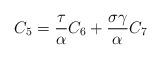
LaTeX: \begin{align*}C_5=\frac \tau \alpha C_6+\frac{\sigma \gamma }\alpha C_7 \end{align*}